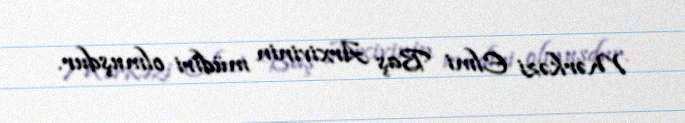
Mərkəzi Elmi Baş Arxivinin müdiri olmuşdur.